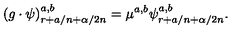
( g \cdot \psi ) _ { r + a / n + \alpha / 2 n } ^ { a , b } = \mu ^ { a , b } \psi _ { r + a / n + \alpha / 2 n } ^ { a , b } .